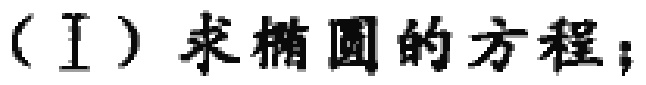
（Ⅰ）求椭圆的方程；